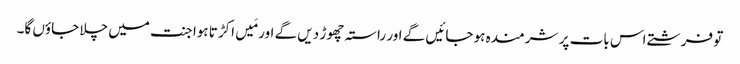
تو فرشتے اس بات پر شرمندہ ہو جائیں گے اور راستہ چھوڑ دیں گے اور مَیں اکڑتا ہوا جنت میں چلا جاؤں گا۔